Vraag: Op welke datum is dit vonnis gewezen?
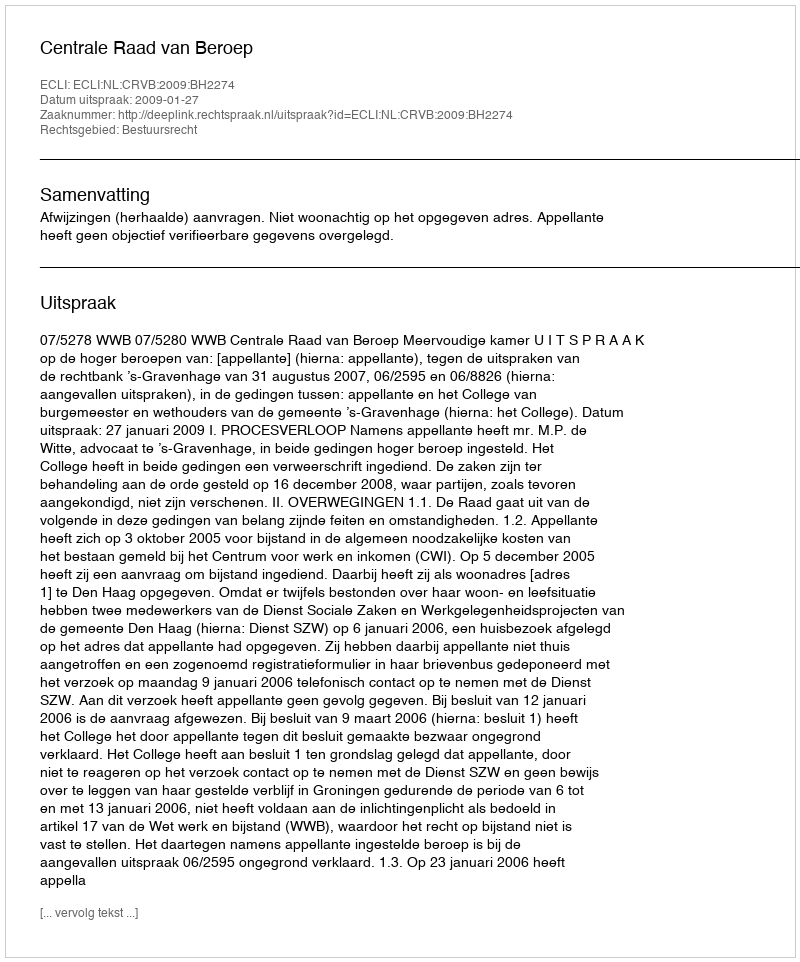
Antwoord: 2009-01-27